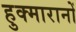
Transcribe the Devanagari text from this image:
हुक्मारानों